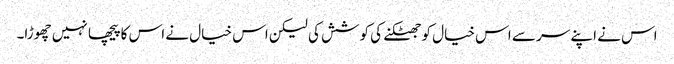
اس نے اپنے سر سے اس خیال کو جھٹکنے کی کوشش کی لیکن اس خیال نے اس کا پیچھا نہیں چھوڑا۔